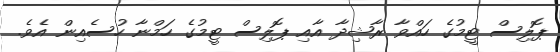
ޕޮލިސް ޓީމުގެ ހައްވާ ރާޝިދާ އާއި ޕޮލިސް ޓީމުގެ ހަމްނާ ހުސެއިން އެވެ.